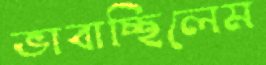
ভাবাচ্ছিলেম